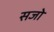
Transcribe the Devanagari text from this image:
सजो